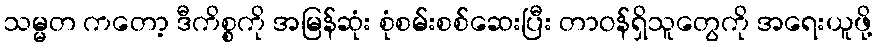
သမ္မတ ကတော့ ဒီကိစ္စကို အမြန်ဆုံး စုံစမ်းစစ်ဆေးပြီး တာဝန်ရှိသူတွေကို အရေးယူဖို့